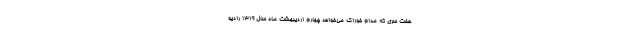
هفت‌ سری که مدام خوراک می‌خواهد چهارم اردیبهشت ماه سال ۱۳۱۹ رادیو